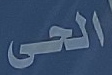
الحى